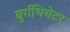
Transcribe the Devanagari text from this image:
बुर्गथियेटर